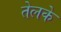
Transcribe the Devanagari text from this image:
तेलके